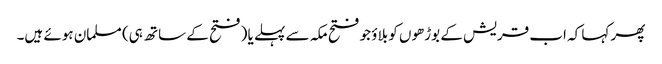
پھر کہا کہ اب قریش کے بوڑھوں کو بلاؤ جو فتح مکہ سے پہلے یا (فتح کے ساتھ ہی) مسلمان ہوئے ہیں۔